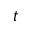
t